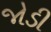
જોડી